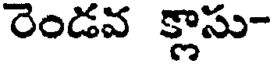
రెండవ క్లాసు-